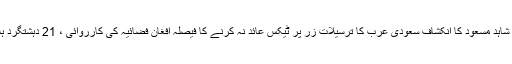
ڈاکٹر شاہد مسعود کا انکشاف سعودی عرب کا ترسیلات زر پر ٹیکس عائد نہ کرنے کا فیصلہ افغان فضائیہ کی کارروائی ، 21 دہشتگرد ہلاک ۔